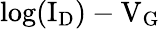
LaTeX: \mathrm{log(I_{D})-V_{G}}